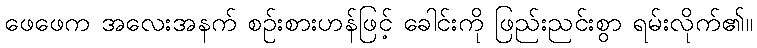
ဖေဖေက အလေးအနက် စဉ်းစားဟန်ဖြင့် ခေါင်းကို ဖြည်းညင်းစွာ ရမ်းလိုက်၏။